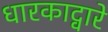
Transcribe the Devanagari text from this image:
धारकाद्वारे